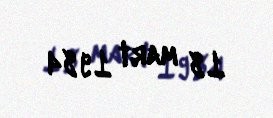
18 mart 1984